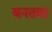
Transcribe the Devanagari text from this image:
बनतवा